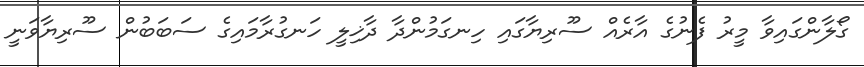
ގޯލާންގައިވާ މީރު ފެނުގެ އާރެއް ސޫރިޔާގައި ހިނގަމުންދާ ދާޚިލީ ހަނގުރާމައިގެ ސަބަބުން ސޫރިޔާވަނީ